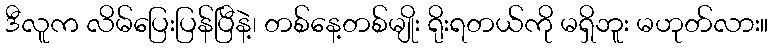
ဒီလူက လိမ်ပြေးပြန်ပြီနဲ့၊ တစ်နေ့တစ်မျိုး ရိုးရတယ်ကို မရှိဘူး မဟုတ်လား။